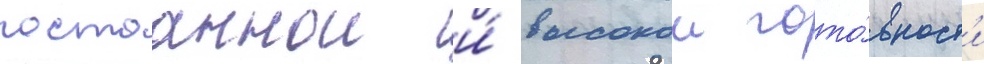
постоаннои и́ высокои гото́вност'и